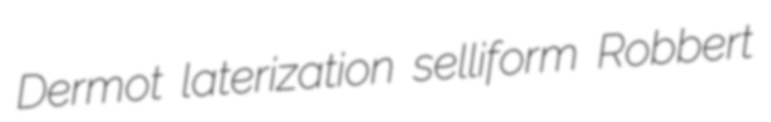
Dermot laterization selliform Robbert